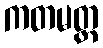
ကတမတ္ထ